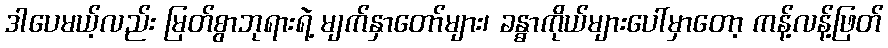
ဒါပေမယ့်လည်း မြတ်စွာဘုရားရဲ့ မျက်နှာတော်များ၊ ခန္ဓာကိုယ်များပေါ်မှာတော့ ကန့်လန့်ဖြတ်